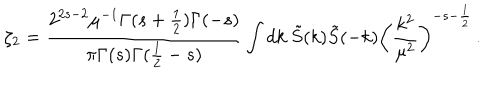
LaTeX: \zeta _ { 2 } = \frac { 2 ^ { 2 s - 2 } \mu ^ { - 1 } \Gamma ( s + \frac { 1 } { 2 } ) \Gamma ( - s ) } { \pi \Gamma ( s ) \Gamma ( \frac 1 2 - s ) } \int d k \ \tilde { S } ( k ) \tilde { S } ( - k ) \left( \frac { k ^ { 2 } } { \mu ^ { 2 } } \right) ^ { - s - \frac { 1 } { 2 } } \, .